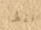
فقط